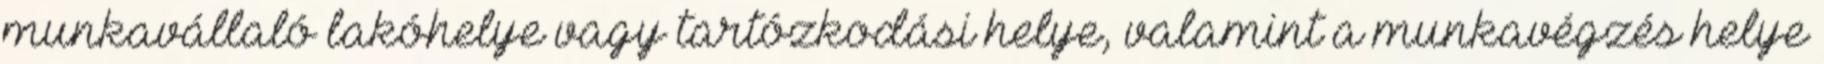
munkavállaló lakóhelye vagy tartózkodási helye, valamint a munkavégzés helye